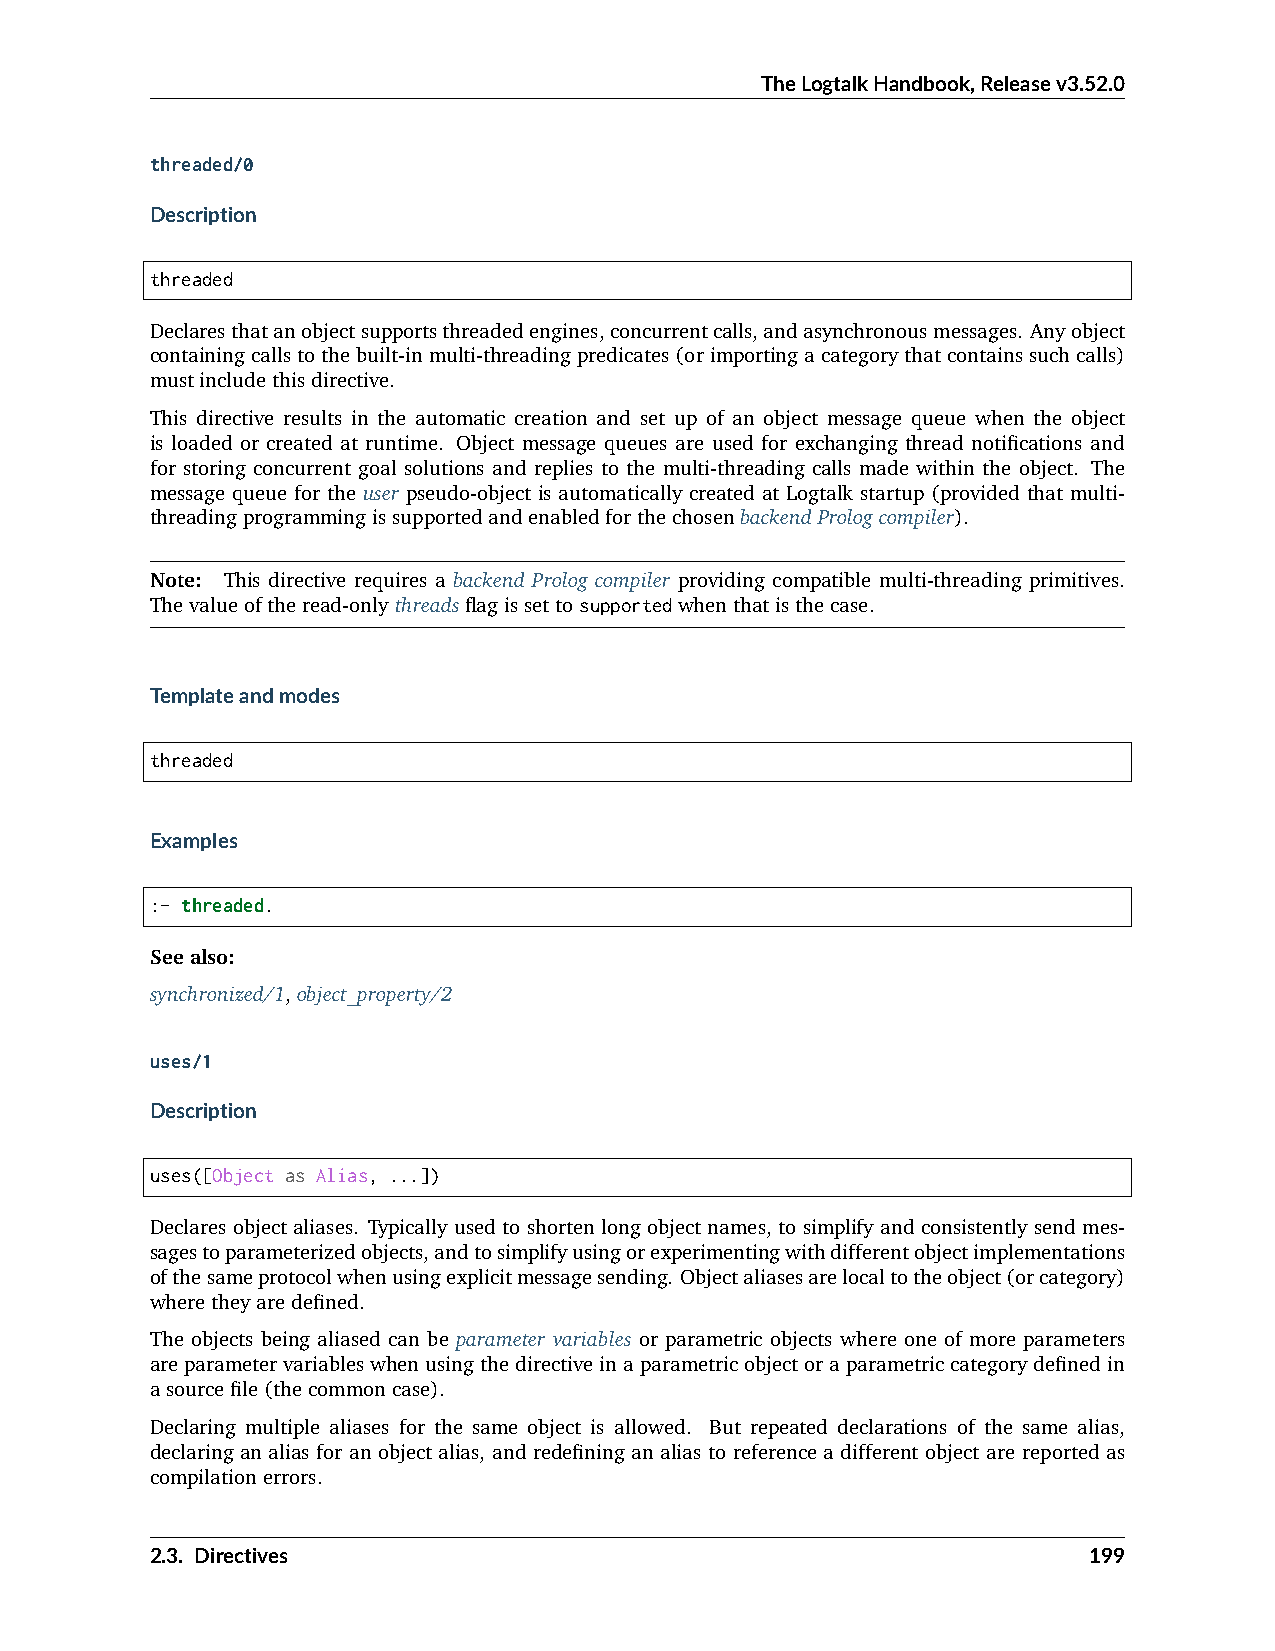
TheLogtalkHandbook,Releasev3.52.0
 threaded/0
 Description
 threaded
 Declaresthatanobjectsupportsthreadedengines,concurrentcalls,andasynchronousmessages. Anyobject
 containingcallstothebuilt-inmulti-threadingpredicates(orimportingacategorythatcontainssuchcalls)
 mustincludethisdirective.
 This directive results in the automatic creation and set up of an object message queue when the object
 is loaded or created at runtime. Object message queues are used for exchanging thread notifications and
 for storing concurrent goal solutions and replies to the multi-threading calls made within the object. The
 message queue for the user pseudo-object is automatically created at Logtalk startup (provided that multi-
 threadingprogrammingissupportedandenabledforthechosenbackendPrologcompiler).
 Note: This directive requires a backend Prolog compiler providing compatible multi-threading primitives.
 Thevalueoftheread-onlythreadsflagissettosupportedwhenthatisthecase.
 Templateandmodes
 threaded
 Examples
 :- threaded.
 Seealso:
 synchronized/1,object_property/2
 uses/1
 Description
 uses([Object as Alias, ...])
 Declares object aliases. Typically used to shorten long object names, to simplify and consistently send mes-
 sagestoparameterizedobjects,andtosimplifyusingorexperimentingwithdifferentobjectimplementations
 ofthesameprotocolwhenusingexplicitmessagesending. Objectaliasesarelocaltotheobject(orcategory)
 wheretheyaredefined.
 The objects being aliased can be parameter variables or parametric objects where one of more parameters
 areparametervariableswhenusingthedirectiveinaparametricobjectoraparametriccategorydefinedin
 asourcefile(thecommoncase).
 Declaring multiple aliases for the same object is allowed. But repeated declarations of the same alias,
 declaring an alias for an object alias, and redefining an alias to reference a different object are reported as
 compilationerrors.
 2.3. Directives                                               199